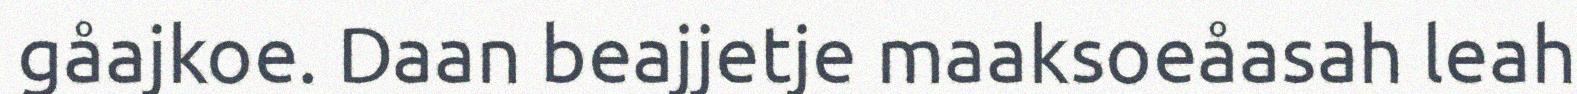
gåajkoe. Daan beajjetje maaksoeåasah leah